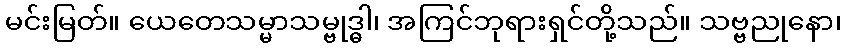
မင်းမြတ်။ ယေတေသမ္မာသမ္ဗုဒ္ဓါ၊ အကြင်ဘုရားရှင်တို့သည်။ သဗ္ဗညုနော၊